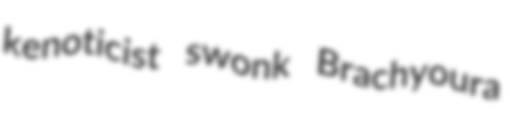
kenoticist swonk Brachyoura